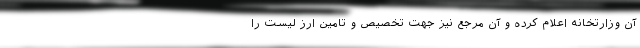
آن وزارتخانه اعلام کرده و آن مرجع نیز جهت تخصیص و تامین ارز لیست را